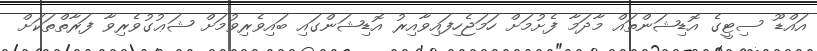
އައްޑޫ ސިޓީގެ އޮޑިޝަންތައް މާދަމާ ފެށުމަށް ހަމަޖެހިފައިވާއިރު އޮޑިޝަންގައި ބައިވެރިވުމަށް ޝަޢުގުވެރިވާ ފަރާތްތަކަށް